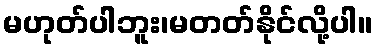
မဟုတ်ပါဘူး၊မတတ်နိုင်လို့ပါ။